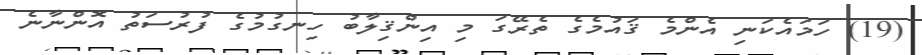
(19) ހަމައެކަނި އެންމެ ޤައުމެގެ ތެރޭގަ މި އިންޤިލާބު ހިނގުމުގެ ފުރުސަތު އޮންނާނެ